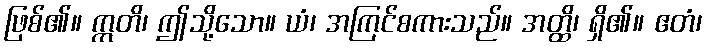
ဖြစ်၏။ ဣတိ၊ ဤသို့သော။ ယံ၊ အကြင်စကားသည်။ အတ္ထိ၊ ရှိ၏။ ဧတံ၊